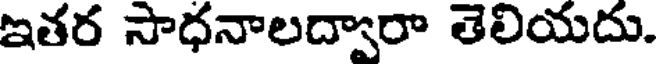
ఇతర సాధనాలద్వారా తెలియదు.